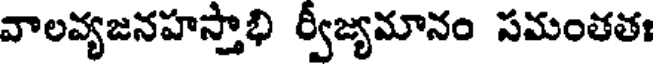
వాలవ్యజనహస్తాభి ర్వీజ్యమానం సమంతతః